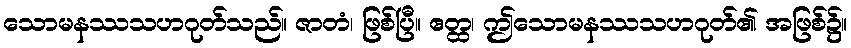
သောမနဿသဟဂုတ်သည်။ ဇာတံ၊ ဖြစ်ပြီ။ ဧတ္ထ၊ ဤသောမနဿသဟဂုတ်၏ အဖြစ်၌။